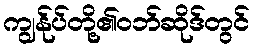
ကျွန်ုပ်တို့၏ဝဘ်ဆိုဒ်တွင်